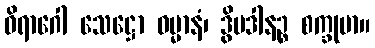
ဝိရာဂေါ သေဋ္ဌော ဓမ္မာနံ၊ ဒွိပဒါနဉ္စ စက္ခုမာ။